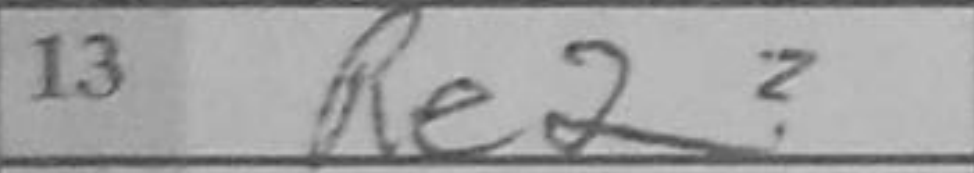
Transcription: Re2